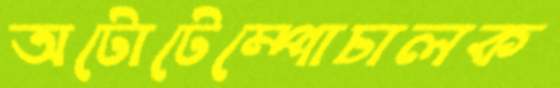
অটোটেম্পোচালক